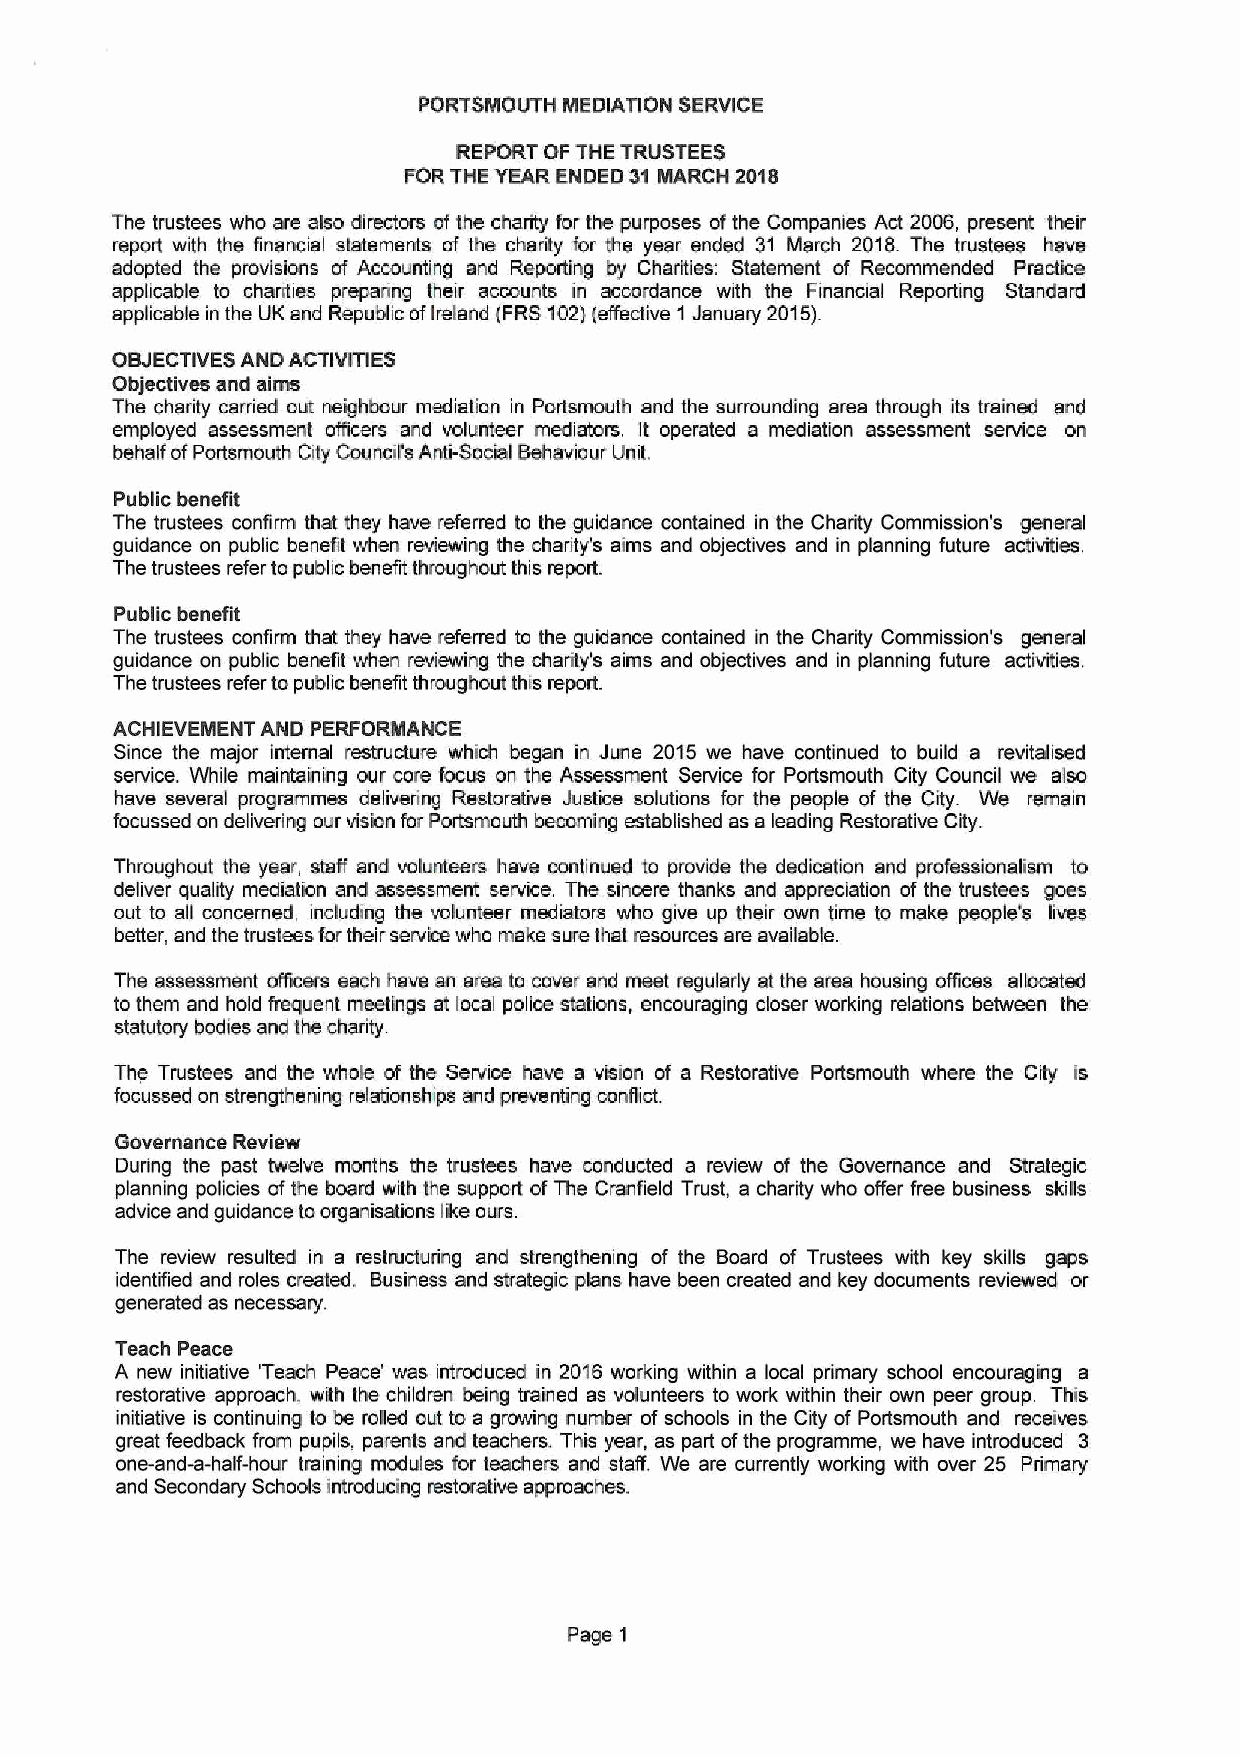
PORTSMOUTH MEDIATION SERVICE
 REPORT OF THE TRUSTEES
 FOR THE YEAR ENDED 31 MARCH 2018
 The trustees who are also directors ofthe charity for the purposes ofthe Companies Act 2006, present their
 report with the financial statements af the charity for the year ended 31 March 2018. The trustees have
 adopted the provisions of Accounting and Reporting by Charities: Statement of Recommended Practice
 applicable to charities preparing their accounts in accordance with the Financial Reporting Standard
 applicable in the UK and Republic ofIreland (FRS102)(effective 1January 2015).
 OBJECTIVESAND ACTIVITIES
 Objectives snd aims
 The charity carried out neighbour mediatian in Portsmouth and the surrounding area through its trained and
 employed assessment officers and volunteer mediators. It operated a mediation assessment service on
 behalf ofPortsmouth City Council's Anti-Social Behaviour Unit.
 Public benefit
 The trustees confirm that they have referred to the guidance contained in the Charily Commission's general
 guidance on public benefit when reviewing the chanty's aims and objectives and in planning future activities.
 The trustees refer to public benefit throughout this report.
 Public benefit
 The trustees confirm that they have referred ta the guidance contained in the Charity Commission's general
 guidance on public benefit when reviewing the charily's aims and objectives and in planning future activities.
 The trustees refer ta public benefit throughout this report.
 ACHIEVEMENT AND PERFORMANCE
 Since the major internal restructure which began in June 2015 we have continued to build a revitalised
 service. While maintaining our core focus on the Assessment Service for Portsmouth City Council we also
 have several pragrammes delivering Restorative Justice solutions for the people of the City. We remain
 focussed on delivering our vision for Portsmauth becoming established as s leading Restorative Cily.
 Throughout the year, staff and volunteers have continued to provide the dedication and professionalism to
 deliver quality mediation and assessment service. The sincere thanks and appreciation of the trustees goes
 out to all concerned, including the volunteer mediators who give up their awn time to make people's lives
 better, and the trustees fortheir service who make sure that resources are available.
 The assessment officers each have an area to cover and meet regularly at the area housing oflices allocated
 to them and hold frequent meetings at local police stations, encouraging closer working relations between the
 statutory bodies snd the charity
 The Trustees and the whale of the Service have a vision of a Restorative Portsmouth where the City is
 focussed on strengthening relationships and preventing conflict.
 Governance Review
 During the past twelve months the trustees have conducted a review of the Governance and Strategic
 planning policies ofthe board with the support ofThe Cranfield Trust, a charity who offer free business skills
 advice and guidance toorganisations like ours.
 The review resulted in a restructuring and strengthening of the Board of Trustees with key skills gape
 identiTied and roles created. Business and skstegic plans have been created and key documents reviewed or
 generated as necessary.
 Teach Peace
 A new initiative 'Teach Peace' was introduced in 2016 working within s local primary school encouraging a
 restorative approach, with the children being trained as valunteers to work within their own peer group This
 initiative is continuing to be rolled out to a growing number ofschools in the City of Portsmouth and receives
 great feedback from pupils, parents snd teachers. This year, as part ofthe programme, we have introduced 3
 one-and-a-half-hour training modules for teachers and staff. We are currently working with over 25 Primary
 and Secondary Schools introducing restorative approaches.
 Page 1